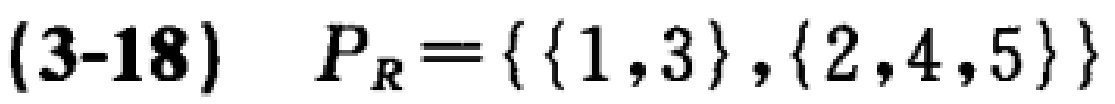
(3-18) \(P_{R}=\{\{1,3\},\{2,4,5\}\}\)